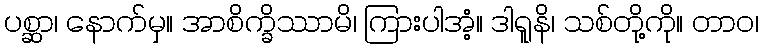
ပစ္ဆာ၊ နောက်မှ။ အာစိက္ခိဿာမိ၊ ကြားပါအံ့။ ဒါရူနိ၊ သစ်တို့ကို။ တာဝ၊